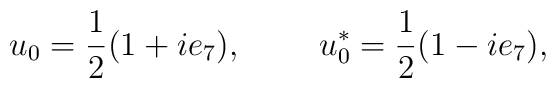
u_{0} = \frac{1}{2} (1 +i e_{7}) ,                      ~~~~~~~u_{0}^{*} = \frac{1}{2} (1 -i e_{7}) ,